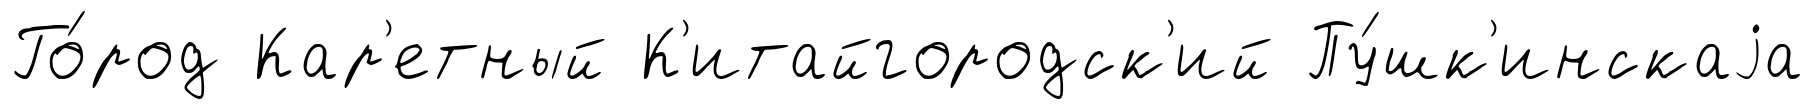
Го́род Кар'етный К'итайгородск'ий Пу́шк'инскаjа